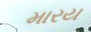
મારય